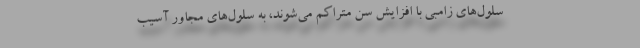
سلول‌های زامبی با افزایش سن متراکم می‌شوند، به سلول‌های مجاور آسیب